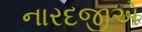
નારદજીએ